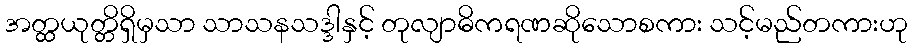
အတ္ထယုတ္တိရှိမှသာ သာသနသဒ္ဒါနှင့် တုလျာဓိကရဏဆိုသောစကား သင့်မည်တကားဟု